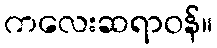
ကလေးဆရာဝန်။